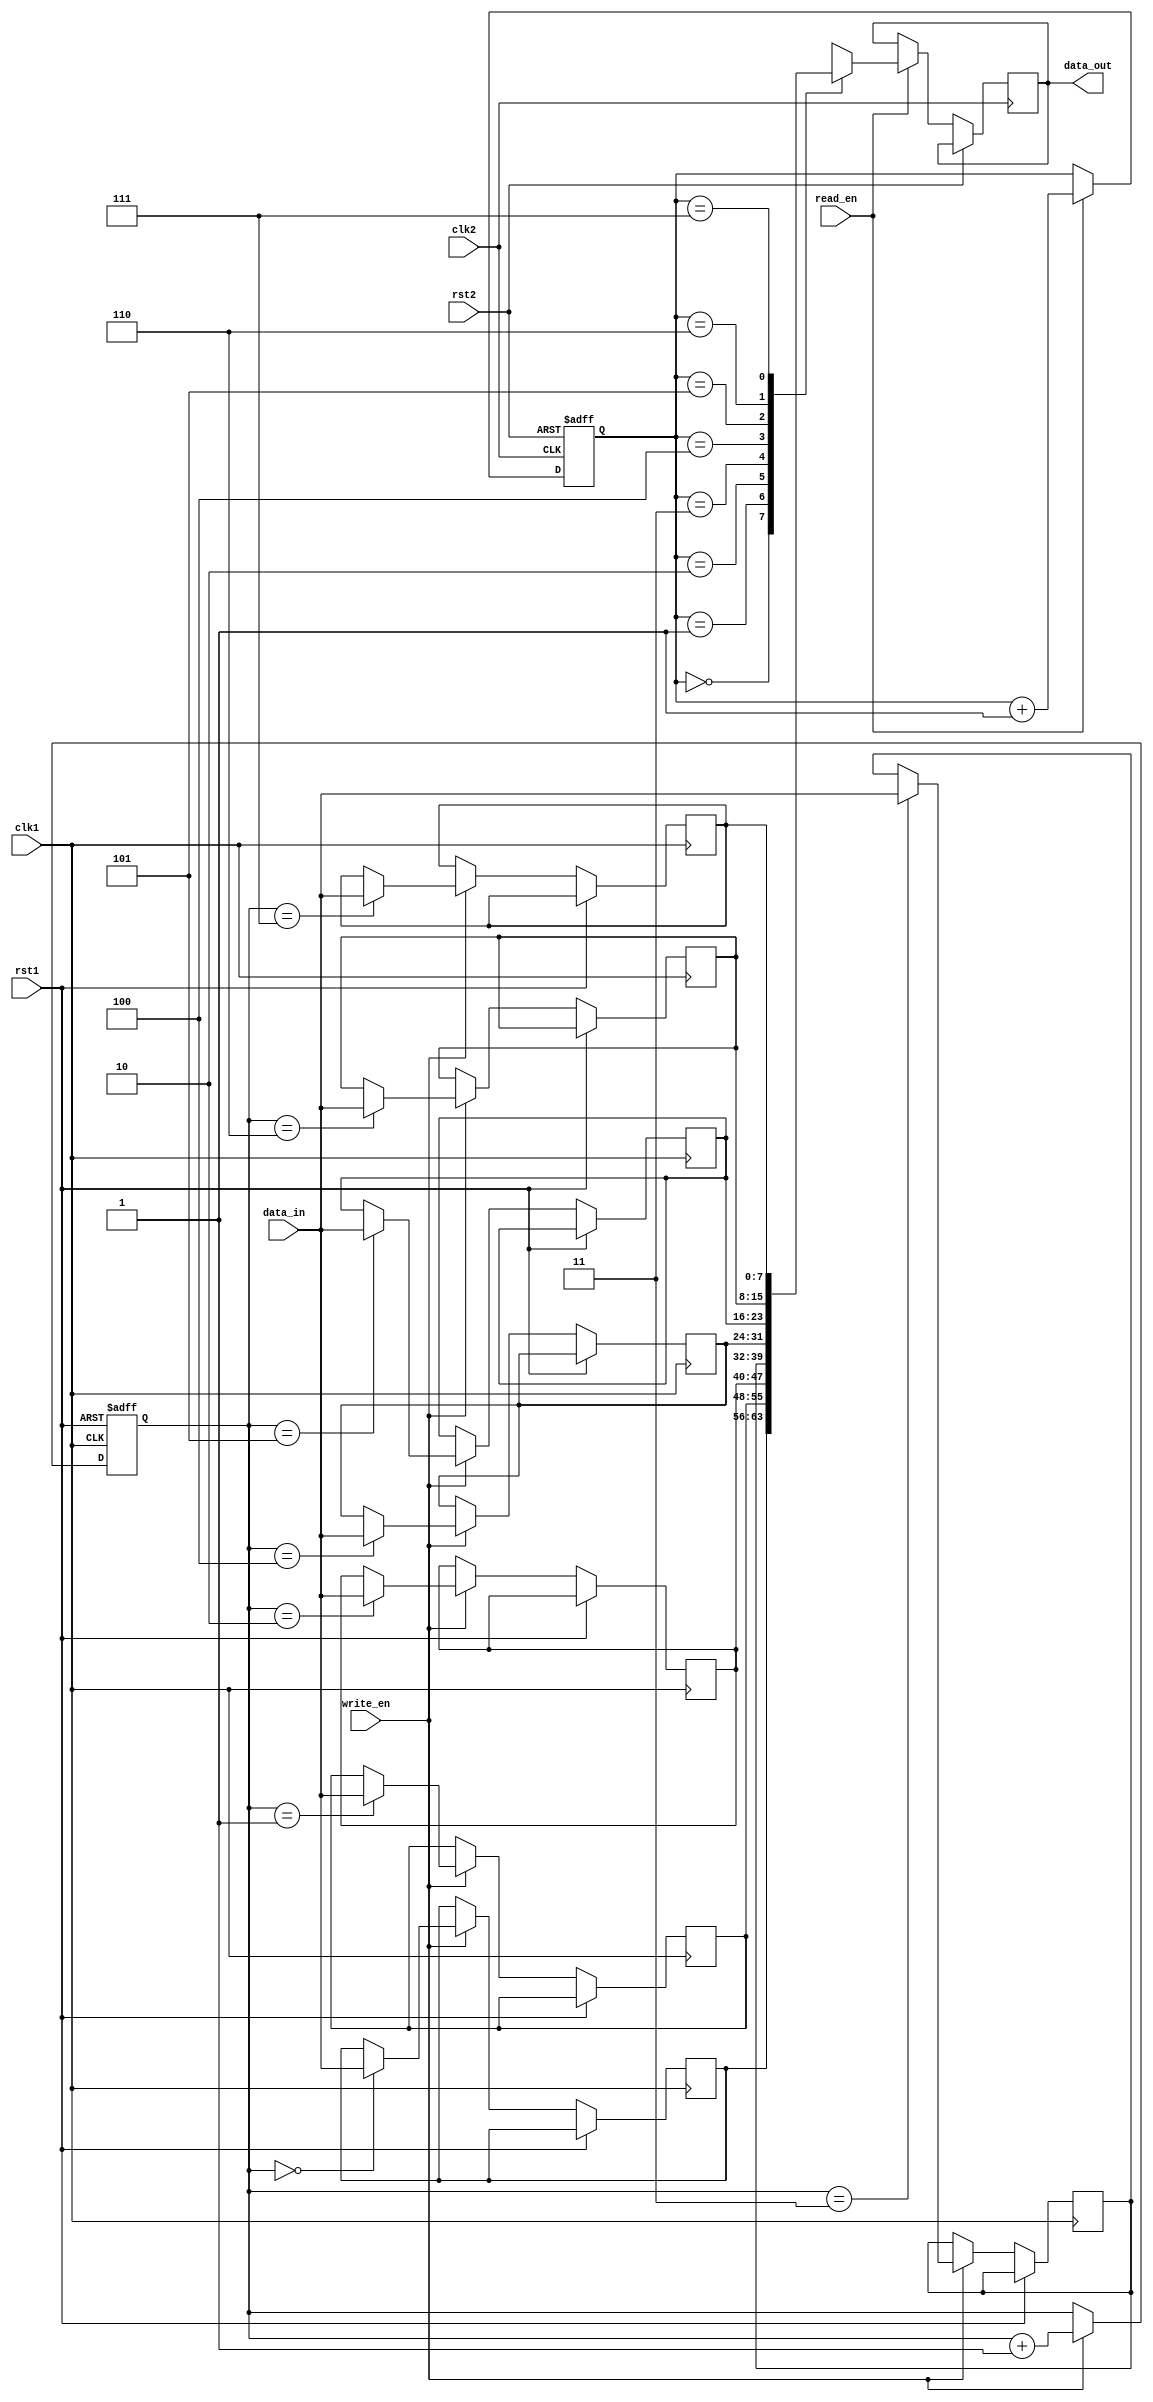
module timing_control_fifo (
    input wire clk1,
    input wire rst1,
    input wire clk2,
    input wire rst2,
    input wire [7:0] data_in,
    output reg [7:0] data_out,
    input wire write_en,
    input wire read_en
);

reg [7:0] fifo [0:7];
reg [2:0] fifo_ptr1 = 0;
reg [2:0] fifo_ptr2 = 0;

always @(posedge clk1 or posedge rst1) begin
    if (rst1) begin
        fifo_ptr1 <= 0;
    end else if (write_en) begin
        fifo[fifo_ptr1] <= data_in;
        fifo_ptr1 <= fifo_ptr1 + 1;
    end
end

always @(posedge clk2 or posedge rst2) begin
    if (rst2) begin
        fifo_ptr2 <= 0;
    end else if (read_en) begin
        data_out <= fifo[fifo_ptr2];
        fifo_ptr2 <= fifo_ptr2 + 1;
    end
end

endmodule